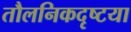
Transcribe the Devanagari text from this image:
तौलनिकदृष्टया